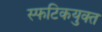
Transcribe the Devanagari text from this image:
स्फटिकयुक्त